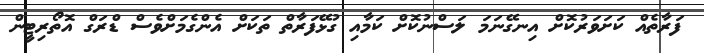
ފަރާތެއް ކަށަވަރުކޮށް އިނގޭނަމަ ލަސްނުކޮށް ކަމާއި ގުޅޭފަރާތް ތަކަށް އެންގެމަށްވެސް ޑްރަގް އޮތޯރިޓީން